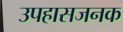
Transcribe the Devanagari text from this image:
उपहासजनक